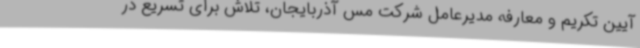
آیین تکریم و معارفه مدیرعامل شرکت مس آذربایجان، تلاش برای تسریع در